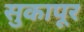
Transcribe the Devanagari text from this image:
सुकापूर